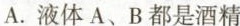
A.液体A、B都是酒精